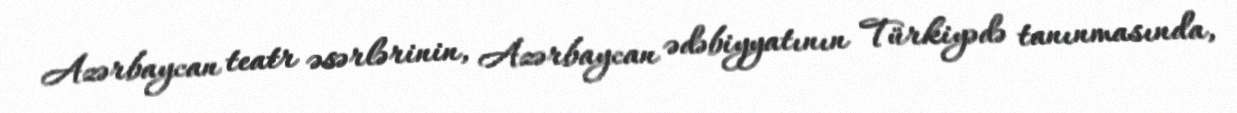
Azərbaycan teatr əsərlərinin, Azərbaycan ədəbiyyatının Türkiyədə tanınmasında,